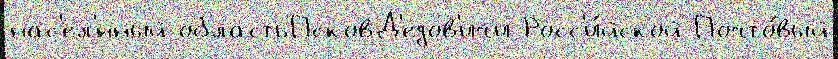
нас'ел'́нный областьПсковД'едов'ичи Росс'и́йской Почто́вый